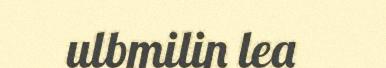
ulbmilin lea